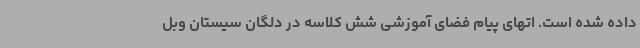
داده شده است. اتهای پیام فضای آموزشی شش کلاسه در دلگان سیستان وبل